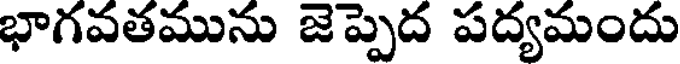
భాగవతమును జెప్పెద పద్యమందు